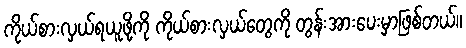
ကိုယ်စားလှယ်ရယူဖို့ကို ကိုယ်စားလှယ်တွေကို တွန်းအားပေးမှာဖြစ်တယ်။